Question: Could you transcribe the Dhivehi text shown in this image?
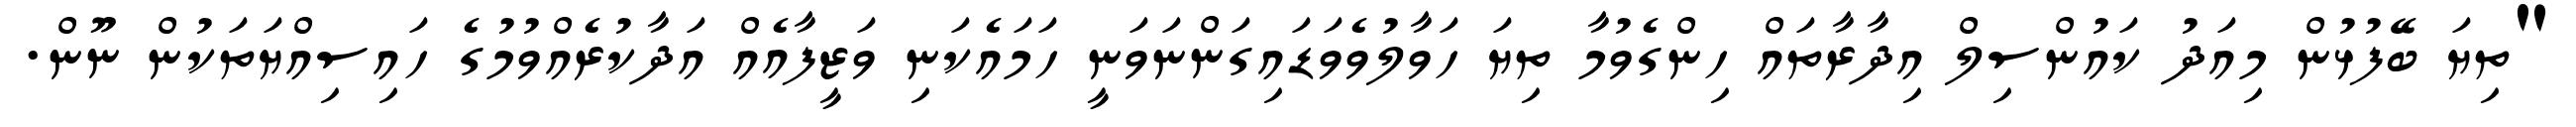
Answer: "ތިޔަ ބޭފުޅުން މިއަދު ކައުންސިލް އިދާރާތައް ހިންގެވުމާ ތިޔަ ހަވާލުވެވަޑައިގަންނަވަނީ ހަމައެކަނި ވަޒީފާއެއް އަދާކުރެއްވުމުގެ ހައިސިއްޔަތަކުން ނޫން.